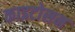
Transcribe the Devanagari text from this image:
काइटोसन